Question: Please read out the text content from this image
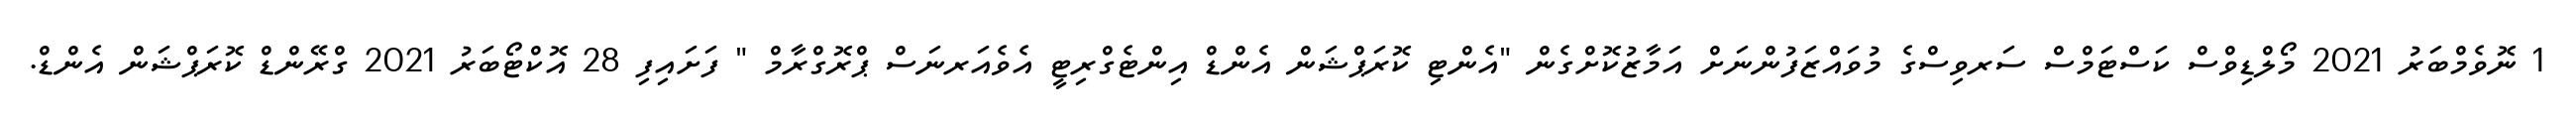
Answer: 1 ނޮވެމްބަރު 2021 މޯލްޑިވްސް ކަސްޓަމްސް ސަރވިސްގެ މުވައްޒަފުންނަށް އަމާޒުކޮށްގެން "އެންޓި ކޮރަޕްޝަން އެންޑް އިންޓެގްރިޓީ އެވެއަރނަސް ޕްރޮގްރާމް " ފަށައިފި 28 އޮކްޓޯބަރު 2021 ގްރޭންޑް ކޮރަޕްޝަން އެންޑް.